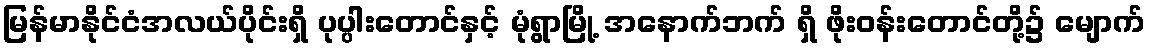
မြန်မာနိုင်ငံအလယ်ပိုင်းရှိ ပုပ္ပါးတောင်နှင့် မုံရွာမြို့ အနောက်ဘက် ရှိ ဖိုးဝန်းတောင်တို့၌ မျောက်